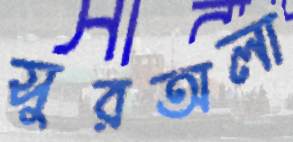
সুরঅলা